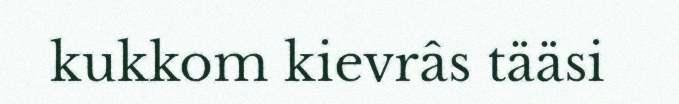
kukkom kievrâs tääsi